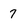
Character: 7